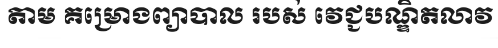
តាម គម្រោងព្យាបាល របស់ វេជ្ជបណ្ឌិតលាវ